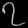
Digit: ၇